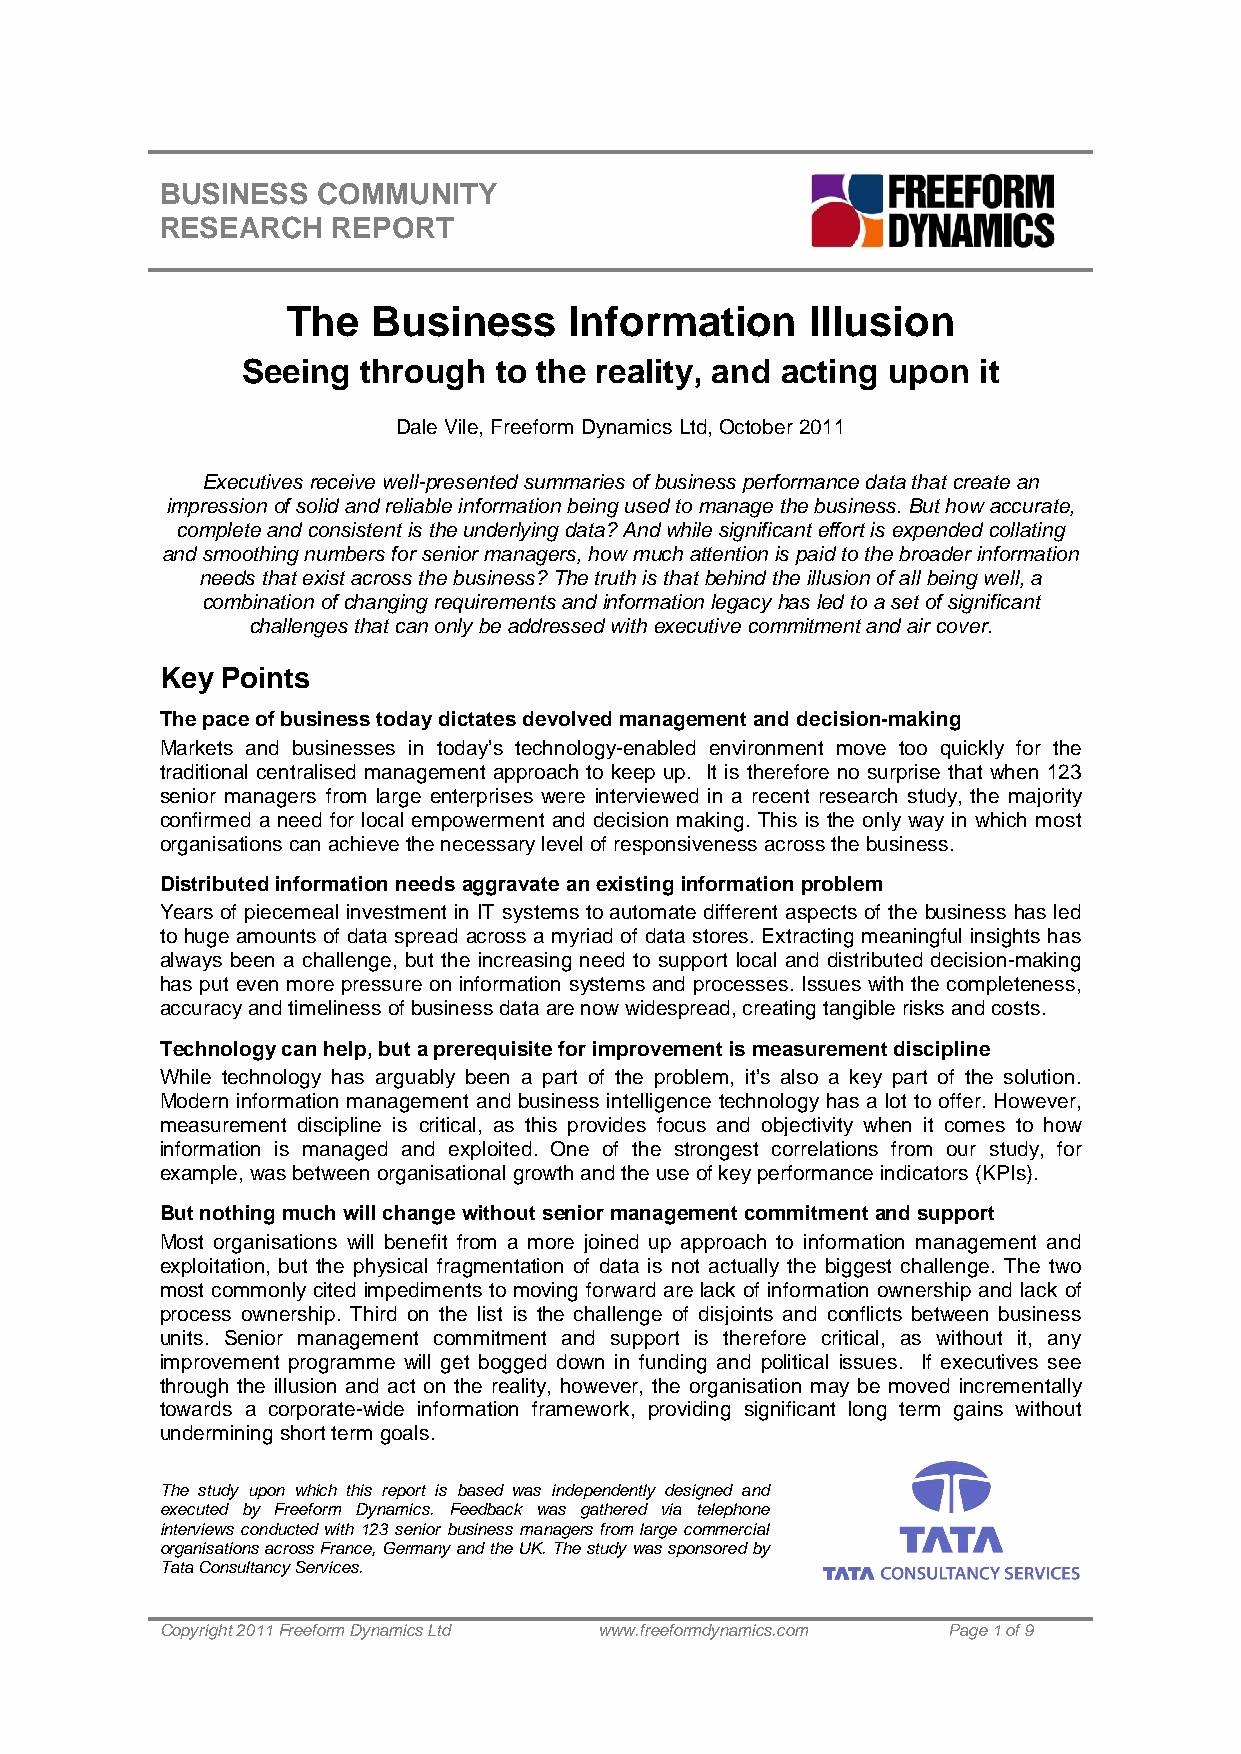
BUSINESS  COMMUNITY
 RESEARCH   REPORT
 The   Business     Information     Illusion
 Seeing  through  to the reality, and acting upon it
 Dale Vile, Freeform Dynamics Ltd, October 2011
 Executives receive well-presented summaries of business performance data that create an
 impression of solid and reliable information being used to manage the business. But how accurate,
 complete and consistent is the underlying data? And while significant effort is expended collating
 and smoothing numbers for senior managers, how much attention is paid to the broader information
 needs that exist across the business? The truth is that behind the illusion of all being well, a
 combination of changing requirements and information legacy has led to a set of significant
 challenges that can only be addressed with executive commitment and air cover.
 Key Points
 The pace of business today dictates devolved management and decision-making
 Markets and businesses in today’s technology-enabled environment move too quickly for the
 traditional centralised management approach to keep up. It is therefore no surprise that when 123
 senior managers from large enterprises were interviewed in a recent research study, the majority
 confirmed a need for local empowerment and decision making. This is the only way in which most
 organisations can achieve the necessary level of responsiveness across the business.
 Distributed information needs aggravate an existing information problem
 Years of piecemeal investment in IT systems to automate different aspects of the business has led
 to huge amounts of data spread across a myriad of data stores. Extracting meaningful insights has
 always been a challenge, but the increasing need to support local and distributed decision-making
 has put even more pressure on information systems and processes. Issues with the completeness,
 accuracy and timeliness of business data are now widespread, creating tangible risks and costs.
 Technology can help, but a prerequisite for improvement is measurement discipline
 While technology has arguably been a part of the problem, it’s also a key part of the solution.
 Modern information management and business intelligence technology has a lot to offer. However,
 measurement discipline is critical, as this provides focus and objectivity when it comes to how
 information is managed and exploited. One of the strongest correlations from our study, for
 example, was between organisational growth and the use of key performance indicators (KPIs).
 But nothing much will change without senior management commitment and support
 Most organisations will benefit from a more joined up approach to information management and
 exploitation, but the physical fragmentation of data is not actually the biggest challenge. The two
 most commonly cited impediments to moving forward are lack of information ownership and lack of
 process ownership. Third on the list is the challenge of disjoints and conflicts between business
 units. Senior management commitment and support is therefore critical, as without it, any
 improvement programme will get bogged down in funding and political issues. If executives see
 through the illusion and act on the reality, however, the organisation may be moved incrementally
 towards a corporate-wide information framework, providing significant long term gains without
 undermining short term goals.
 The study upon which this report is based was independently designed and
 executed by Freeform Dynamics. Feedback was gathered via telephone
 interviews conducted with 123 senior business managers from large commercial
 organisations across France, Germany and the UK. The study was sponsored by
 Tata Consultancy Services.
 Copyright 2011 Freeform Dynamics Ltd www.freeformdynamics.com Page 1 of 9